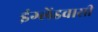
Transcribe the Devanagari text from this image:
इंग्लेंडवासी